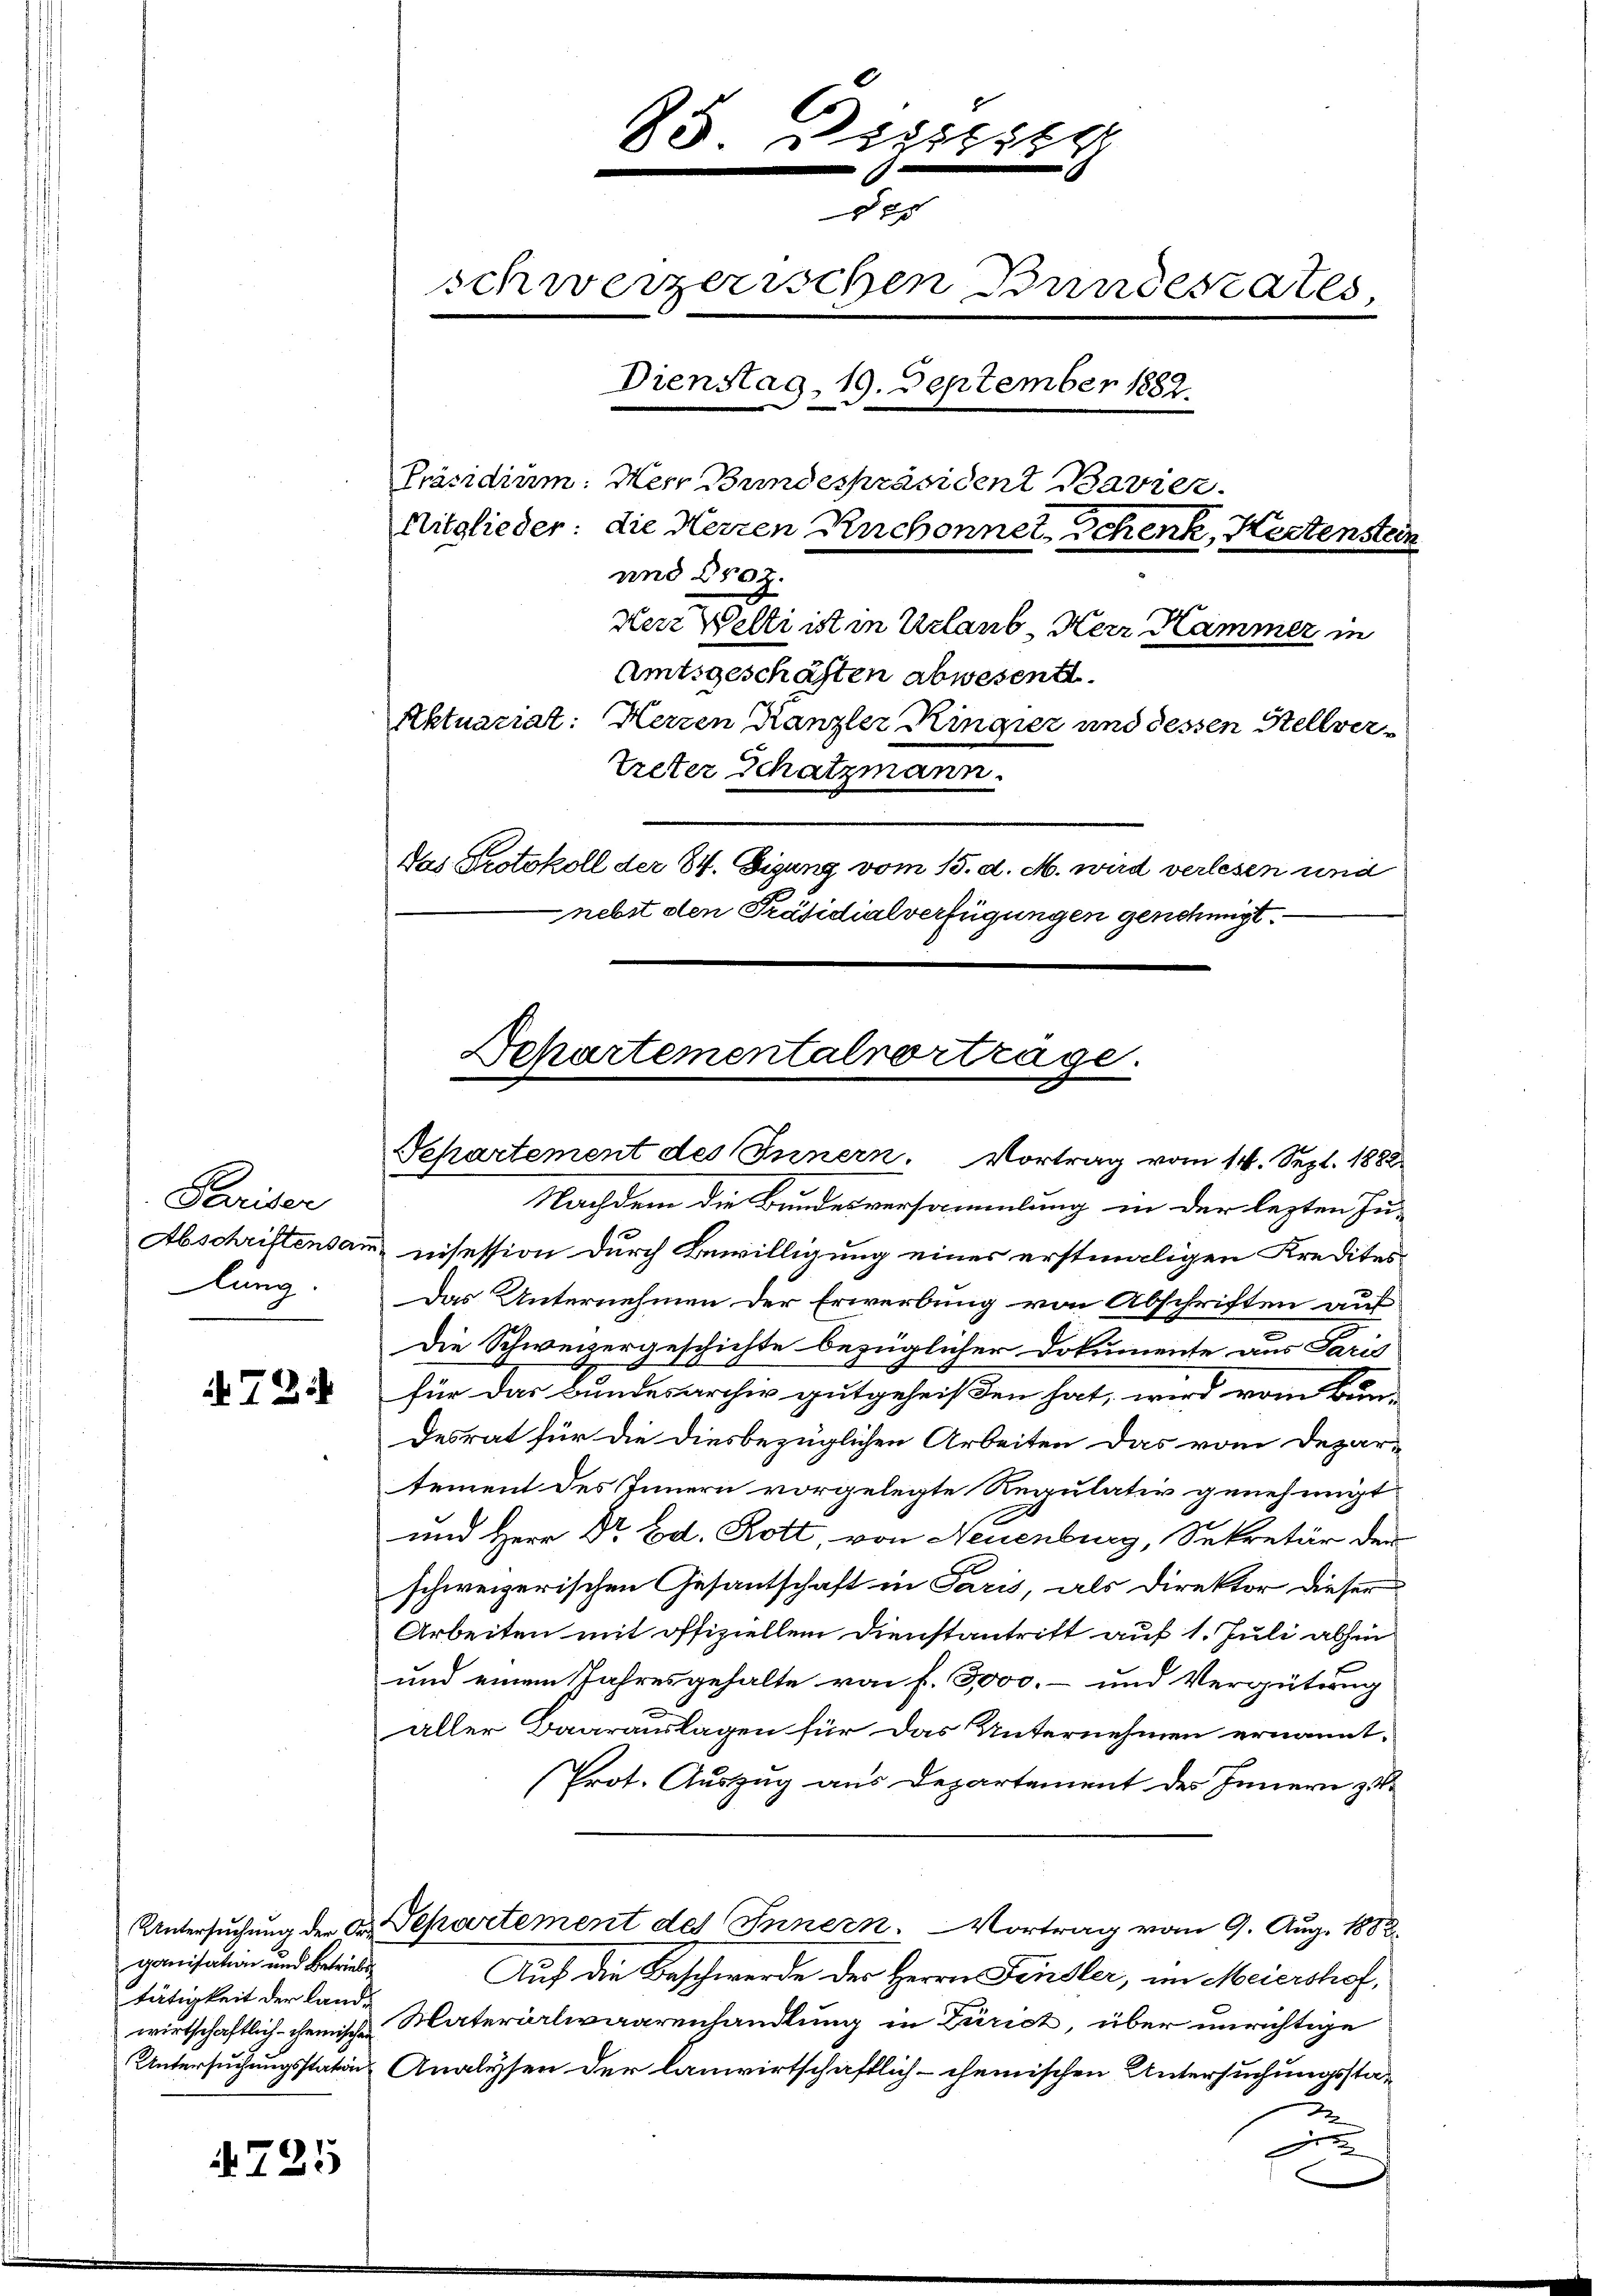
Pariser
Abschriftensam.
lung.
e

72.

ganisation und Betriebe
tätigkeit der Land¬

4725

6
85. Dietlik

xx
schweizerischen Bundestates,
Dienstag, 19. Deptember 1882.
Präsidium: Herr Brindespräsident Bavier
Mitglieder: die Herren Ruchonnet, Schenk, Hertenstein
und Droz.
Herr Welti ist in Urlaub, Herr Kammer in
Amtsgeschäften abwesentl.
Aktuariat: Herzen Kanzler Ringier und dessen Stellver¬
Treter Schatzmann.
Das Protokoll der 84. Digung vom 15. d. M. wird verlesen und
nebst den Präsidialverfügungen genehmigt.

Nachdem die Bundesversammlung in der lezten Zu-
nisession durch Bewilligung einer erstmaligen Kredites
Das Unternehmen der Erwerbung von Abschriften aus
Die Schweizergeschichte bezüglicher Dokumente aus Paris
für das Bundesarchiv gutgeheißen hat, wird vom Bun-
desrat für die diesbezüglichen Arbeiten das vom Depar-
tement des Innern vorgelegte Regulativ genehmigt
und Herr Dr Ed. Rott, von Neuenburg, Sekretär der
schweizerischen Gesantschaft in Paris, als Direktor dieser
Arbeiten mit offiziellem Dienstantritt auf 1. Juli abhin
und einem Jahresgehalte von f. 3000.- und Vergütung
aller Baarauslagen für das Unternehmen ernannt.
Prot. Auszug aus Departement des Innern zu
Untersuchung der Dr. Separtement des Innern. Vortrag vom 9. Aug. 1882
Auf die Beschwerde des Herrn Finsler, im Meiershof,
wirtschaftlich- chemische Materialwaarenhandlung in Zürich, über unrichtige
Untersuchungsstations Analysen der lauwirtschaftlich-cheinischen Untersuchungssta-
.

Schartementalvortrage.
Departement des Innern. Vortrag vom 14. Sept. 1882